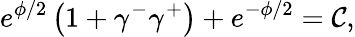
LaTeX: e^{\phi/2}\left(1+\gamma^{-}\gamma^{+}\right)+e^{-\phi/2}=\mathcal{C},